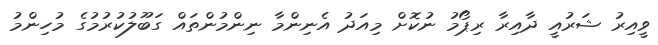
ވީއިރު ޝަރުއީ ދާއިރާ ރިޕޯމު ނުކޮށް މިއަދު އެނިންމާ ނިންމުންތައް ގަބޫލުކުރުމުގެ މުހިންމު